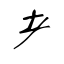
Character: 耂